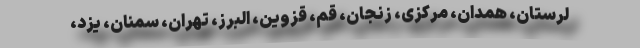
لرستان، همدان، مرکزی، زنجان، قم، قزوین، البرز، تهران، سمنان، یزد،